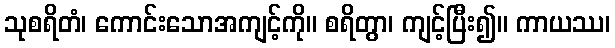
သုစရိတံ၊ ကောင်းသောအကျင့်ကို။ စရိတွာ၊ ကျင့်ပြီး၍။ ကာယဿ၊